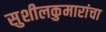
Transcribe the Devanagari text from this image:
सुशीलकुमारांचा